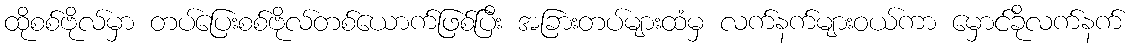
ထိုစစ်ဗိုလ်မှာ တပ်ပြေးစစ်ဗိုလ်တစ်ယောက်ဖြစ်ပြီး အခြားတပ်များထံမှ လက်နက်များဝယ်ကာ မှောင်ခိုလက်နက်